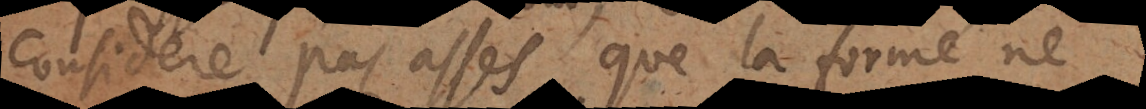
considere pas assés que la forme ne